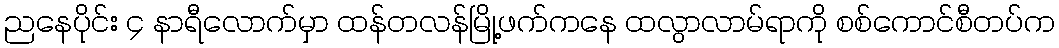
ညနေပိုင်း ၄ နာရီလောက်မှာ ထန်တလန်မြို့ဖက်ကနေ ထလွာလာမ်ရာကို စစ်ကောင်စီတပ်က